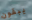
يبقون